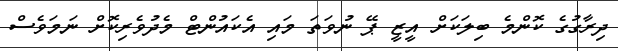
ދިރާގުގެ ކޮންމެ ބިލަކަށް އީޒީ ޕޭ ނުވަތަ މައި އެކައުންޓް މެދުވެރިކޮށް ނަމަވެސް